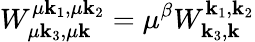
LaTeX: W_{\mu{\mathbf k}_{3},\mu{\mathbf k}}^{\mu{\mathbf k}_{1},\mu{\mathbf k}_{2}}=\mu^{\beta}W_{{\mathbf k}_{3},{\mathbf k}}^{{\mathbf k}_{1},{\mathbf k}_{2}}